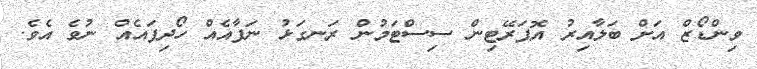
ވިންޑޯޒް އަށް ބަލާއިރު އޮޕަރޭޓިން ސިސްޓަމުން ރަނގަޅު ނަފާއެއް ހޯދިފައެއް ނުވެ އެވެ.